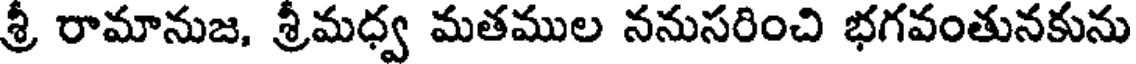
శ్రీ రామానుజ, శ్రీమధ్వ మతముల ననుసరించి భగవంతునకును